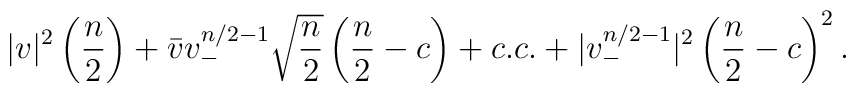
|v|^2 \left( {n\over 2}\right) + \bar{v} v_-^{n/2-1} \sqrt{{n\over 2}}\left({n\over 2} - c\right) +c.c. + |v_-^{n/2-1}|^2  \left({n\over 2} - c\right)^2.